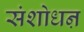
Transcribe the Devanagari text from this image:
संशोधऩ